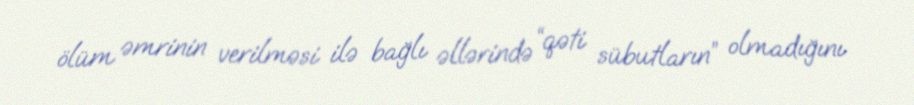
ölüm əmrinin verilməsi ilə bağlı əllərində “qəti sübutların” olmadığını